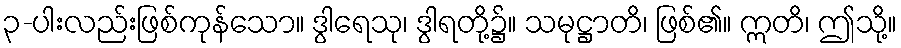
၃-ပါးလည်းဖြစ်ကုန်သော။ ဒွါရေသု၊ ဒွါရတို့၌။ သမုဋ္ဌာတိ၊ ဖြစ်၏။ ဣတိ၊ ဤသို့။